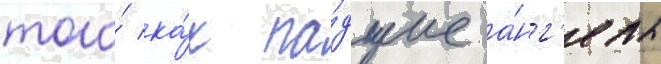
того́ ка́к па́дшие а́нг'елы